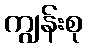
ကျွန်းစု